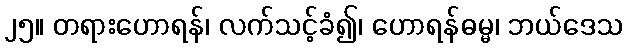
၂၅။ တရားဟောရန်၊ လက်သင့်ခံ၍၊ ဟောရန်ဓမ္မ၊ ဘယ်ဒေသ